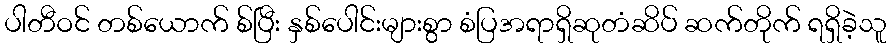
ပါတီဝင် တစ်ယောက် စ်ပြီး နှစ်ပေါင်းများစွာ စံပြအရာရှိဆုတံဆိပ် ဆက်တိုက် ရရှိခဲ့သူ